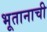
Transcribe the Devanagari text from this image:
भूतानाची